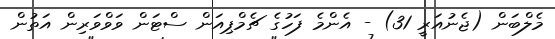
މެލްބަން (ޖެނުއަރީ 31) - އެންމެ ފަހުގެ ޗެމްޕިއަން ސްޓަން ވަވްވަރިން އަތުން